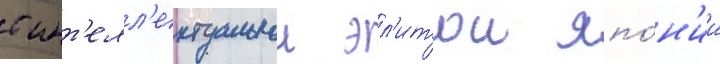
с инт'елл'ектуальнои эл'итои япо́н'ии